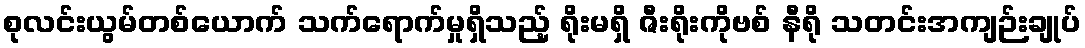
စုလင်းယွမ်တစ်ယောက် သက်ရောက်မှုရှိသည့် ရိုးမရှိ ဇီးရိုးကိုဗစ် နီရို သတင်းအကျဉ်းချုပ်